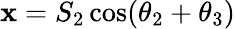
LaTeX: \mathbf{x}=S_{2}\cos(\theta_{2}+\theta_{3})